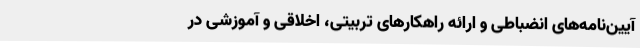
آیین‌نامه‌های انضباطی و ارائه راهکارهای تربیتی، اخلاقی و آموزشی در